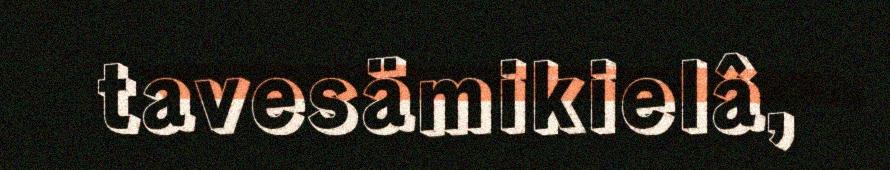
tavesämikielâ,